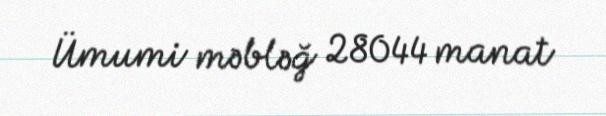
Ümumi məbləğ 28044 manat